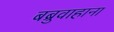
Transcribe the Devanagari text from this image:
बब्रुवाहाना